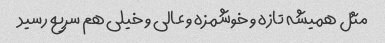
مثل همیشه تازه و خوشمزه و عالی و خیلی هم سریع رسید